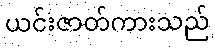
ယင်းဇာတ်ကားသည်